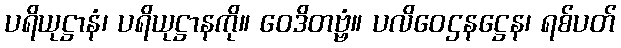
ပရိယုဋ္ဌာနံ၊ ပရိယုဋ္ဌာနကို။ ဝေဒိတဗ္ဗံ။ ပလိဝေဌနဋ္ဌေန၊ ရစ်ပတ်